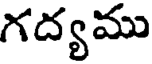
గద్యము